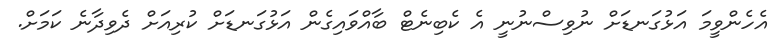
އެހެންވީމަ އަޅުގަނޑަށް ނުވިސްނުނީ އެ ކެބިނެޓް ބާއްވައިގެން އަޅުގަނޑަށް ކުރިއަށް ދެވިދާނެ ކަމަށް.